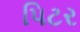
પિટર